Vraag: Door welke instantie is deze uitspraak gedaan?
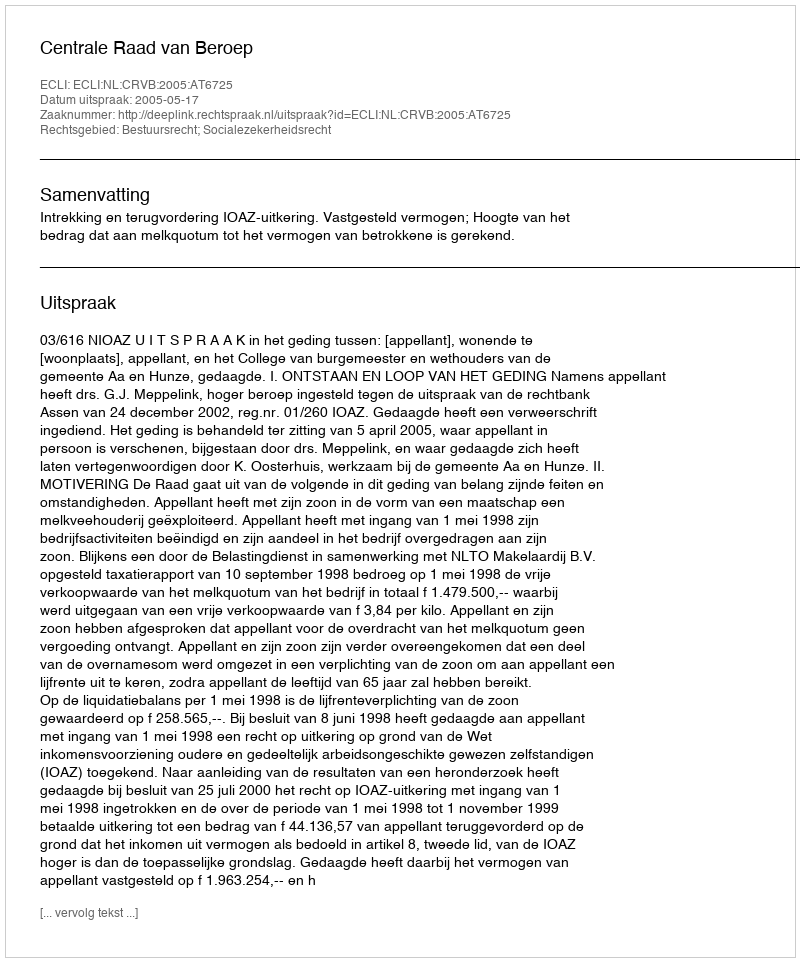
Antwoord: Centrale Raad van Beroep